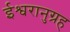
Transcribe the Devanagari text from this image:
ईश्वरानुग्रह